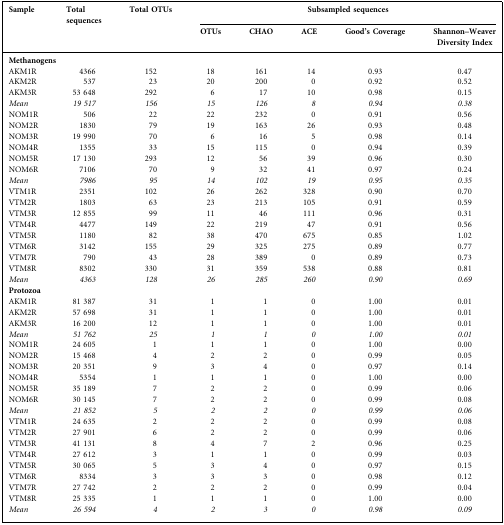
<table><thead><tr><td><b>Sample</b></td><td><b>Total sequences</b></td><td><b>Total OTUs</b></td><td colspan="5"><b>Subsampled sequences</b></td></tr><tr><td></td><td></td><td></td><td><b>OTUs</b></td><td><b>CHAO</b></td><td><b>ACE</b></td><td><b>Good&#x27;s Coverage</b></td><td><b>Shannon–Weaver Diversity Index</b></td></tr></thead><tbody><tr><td colspan="8"><b>Methanogens</b></td></tr><tr><td>AKM1R</td><td>4366</td><td>152</td><td>18</td><td>161</td><td>14</td><td>0.93</td><td>0.47</td></tr><tr><td>AKM2R</td><td>537</td><td>23</td><td>20</td><td>200</td><td>0</td><td>0.92</td><td>0.52</td></tr><tr><td>AKM3R</td><td>53 648</td><td>292</td><td>6</td><td>17</td><td>10</td><td>0.98</td><td>0.15</td></tr><tr><td><i>Mean</i></td><td><i>19</i> <i>517</i></td><td><i>156</i></td><td><i>15</i></td><td><i>126</i></td><td><i>8</i></td><td><i>0.94</i></td><td><i>0.38</i></td></tr><tr><td>NOM1R</td><td>506</td><td>22</td><td>22</td><td>232</td><td>0</td><td>0.91</td><td>0.56</td></tr><tr><td>NOM2R</td><td>1830</td><td>79</td><td>19</td><td>163</td><td>26</td><td>0.93</td><td>0.48</td></tr><tr><td>NOM3R</td><td>19 990</td><td>70</td><td>6</td><td>16</td><td>5</td><td>0.98</td><td>0.14</td></tr><tr><td>NOM4R</td><td>1355</td><td>33</td><td>15</td><td>115</td><td>0</td><td>0.94</td><td>0.39</td></tr><tr><td>NOM5R</td><td>17 130</td><td>293</td><td>12</td><td>56</td><td>39</td><td>0.96</td><td>0.30</td></tr><tr><td>NOM6R</td><td>7106</td><td>70</td><td>9</td><td>32</td><td>41</td><td>0.97</td><td>0.24</td></tr><tr><td><i>Mean</i></td><td><i>7986</i></td><td><i>95</i></td><td><i>14</i></td><td><i>102</i></td><td><i>19</i></td><td><i>0.95</i></td><td><i>0.35</i></td></tr><tr><td>VTM1R</td><td>2351</td><td>102</td><td>26</td><td>262</td><td>328</td><td>0.90</td><td>0.70</td></tr><tr><td>VTM2R</td><td>1803</td><td>63</td><td>23</td><td>213</td><td>105</td><td>0.91</td><td>0.59</td></tr><tr><td>VTM3R</td><td>12 855</td><td>99</td><td>11</td><td>46</td><td>111</td><td>0.96</td><td>0.31</td></tr><tr><td>VTM4R</td><td>4477</td><td>149</td><td>22</td><td>219</td><td>47</td><td>0.91</td><td>0.56</td></tr><tr><td>VTM5R</td><td>1180</td><td>82</td><td>38</td><td>470</td><td>675</td><td>0.85</td><td>1.02</td></tr><tr><td>VTM6R</td><td>3142</td><td>155</td><td>29</td><td>325</td><td>275</td><td>0.89</td><td>0.77</td></tr><tr><td>VTM7R</td><td>790</td><td>43</td><td>28</td><td>389</td><td>0</td><td>0.89</td><td>0.73</td></tr><tr><td>VTM8R</td><td>8302</td><td>330</td><td>31</td><td>359</td><td>538</td><td>0.88</td><td>0.81</td></tr><tr><td><i>Mean</i></td><td><i>4363</i></td><td><i>128</i></td><td><i>26</i></td><td><i>285</i></td><td><i>260</i></td><td><i>0.90</i></td><td><i>0.69</i></td></tr><tr><td colspan="8"><b>Protozoa</b></td></tr><tr><td>AKM1R</td><td>81 387</td><td>31</td><td>1</td><td>1</td><td>0</td><td>1.00</td><td>0.01</td></tr><tr><td>AKM2R</td><td>57 698</td><td>31</td><td>1</td><td>1</td><td>0</td><td>1.00</td><td>0.01</td></tr><tr><td>AKM3R</td><td>16 200</td><td>12</td><td>1</td><td>1</td><td>0</td><td>1.00</td><td>0.01</td></tr><tr><td><i>Mean</i></td><td><i>51</i> <i>762</i></td><td><i>25</i></td><td><i>1</i></td><td><i>1</i></td><td><i>0</i></td><td><i>1.00</i></td><td><i>0.01</i></td></tr><tr><td>NOM1R</td><td>24 605</td><td>1</td><td>1</td><td>1</td><td>0</td><td>1.00</td><td>0.00</td></tr><tr><td>NOM2R</td><td>15 468</td><td>4</td><td>2</td><td>2</td><td>0</td><td>0.99</td><td>0.05</td></tr><tr><td>NOM3R</td><td>20 351</td><td>9</td><td>3</td><td>4</td><td>0</td><td>0.97</td><td>0.14</td></tr><tr><td>NOM4R</td><td>5354</td><td>1</td><td>1</td><td>1</td><td>0</td><td>1.00</td><td>0.00</td></tr><tr><td>NOM5R</td><td>35 189</td><td>7</td><td>2</td><td>2</td><td>0</td><td>0.99</td><td>0.06</td></tr><tr><td>NOM6R</td><td>30 145</td><td>7</td><td>2</td><td>2</td><td>0</td><td>0.99</td><td>0.08</td></tr><tr><td><i>Mean</i></td><td><i>21</i> <i>852</i></td><td><i>5</i></td><td><i>2</i></td><td><i>2</i></td><td><i>0</i></td><td><i>0.99</i></td><td><i>0.06</i></td></tr><tr><td>VTM1R</td><td>24 635</td><td>2</td><td>2</td><td>2</td><td>0</td><td>0.99</td><td>0.08</td></tr><tr><td>VTM2R</td><td>27 901</td><td>6</td><td>2</td><td>2</td><td>0</td><td>0.99</td><td>0.06</td></tr><tr><td>VTM3R</td><td>41 131</td><td>8</td><td>4</td><td>7</td><td>2</td><td>0.96</td><td>0.25</td></tr><tr><td>VTM4R</td><td>27 612</td><td>3</td><td>1</td><td>1</td><td>0</td><td>0.99</td><td>0.03</td></tr><tr><td>VTM5R</td><td>30 065</td><td>5</td><td>3</td><td>4</td><td>0</td><td>0.97</td><td>0.15</td></tr><tr><td>VTM6R</td><td>8334</td><td>3</td><td>3</td><td>3</td><td>0</td><td>0.98</td><td>0.12</td></tr><tr><td>VTM7R</td><td>27 742</td><td>2</td><td>2</td><td>2</td><td>0</td><td>0.99</td><td>0.04</td></tr><tr><td>VTM8R</td><td>25 335</td><td>1</td><td>1</td><td>1</td><td>0</td><td>1.00</td><td>0.00</td></tr><tr><td><i>Mean</i></td><td><i>26</i> <i>594</i></td><td><i>4</i></td><td><i>2</i></td><td><i>3</i></td><td><i>0</i></td><td><i>0.98</i></td><td><i>0.09</i></td></tr></tbody></table>